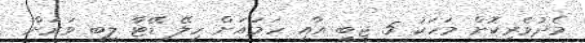
މެދުވެރިކޮށް މަހަކު 5 ޖީބީ އާއި ހަމައަށް ހިލޭ ޑޭޓާ ލިބި ވަރަށް